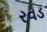
રવડ